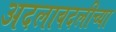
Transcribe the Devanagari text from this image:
अदलाबदलीच्या